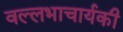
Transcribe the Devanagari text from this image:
वल्लभाचार्यकी